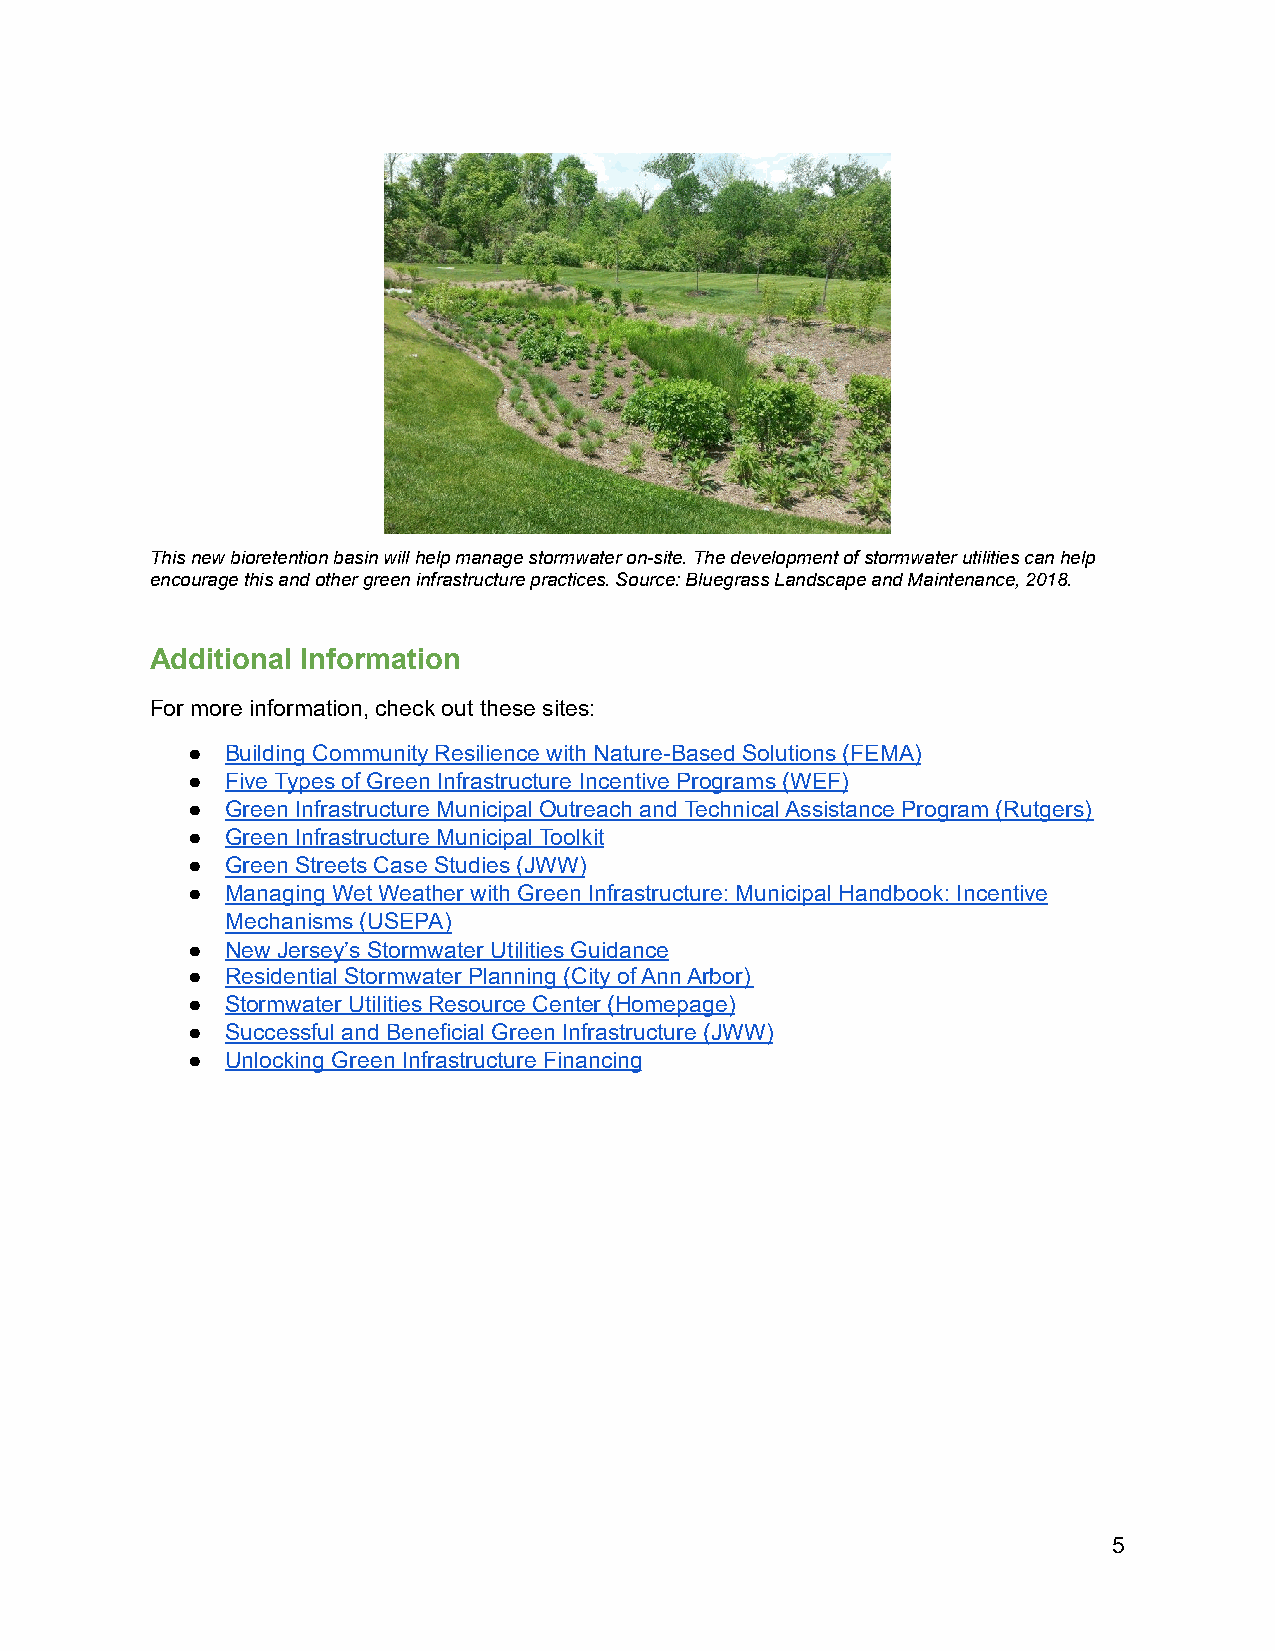
This new bioretention basin will help manage stormwater on-site. The development of stormwater utilities can help
 encourage this and other green infrastructure practices. Source: Bluegrass Landscape and Maintenance, 2018.
 Additional Information
 For more information, check out these sites:
 ●  Building Community Resilience with Nature-Based Solutions (FEMA)
 ●  Five Types of Green Infrastructure Incentive Programs (WEF)
 ●  Green Infrastructure Municipal Outreach and Technical Assistance Program (Rutgers)
 ●  Green Infrastructure Municipal Toolkit
 ●  Green Streets Case Studies (JWW)
 ●  Managing Wet Weather with Green Infrastructure: Municipal Handbook: Incentive
 Mechanisms (USEPA)
 ●  New Jersey’s Stormwater Utilities Guidance
 ●  Residential Stormwater Planning (City of Ann Arbor)
 ●  Stormwater Utilities Resource Center (Homepage)
 ●  Successful and Beneficial Green Infrastructure (JWW)
 ●  Unlocking Green Infrastructure Financing
 5